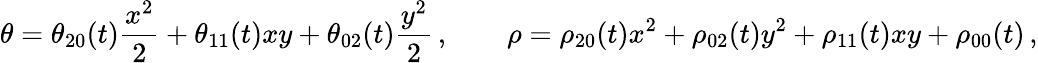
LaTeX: \theta=\theta_{20}(t)\frac{x^{2}}{2}+{\theta_{11}}(t)xy+\theta_{02}(t)\frac{y^{2}}{2}\, ,\qquad\rho=\rho_{20}(t)x^{2}+\rho_{02}(t)y^{2}+\rho_{11}(t)xy+\rho_{00}(t)\, ,